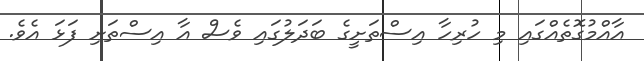
އާއްމުގޮތެއްގައި މި ހުރިހާ އިސްތަށީގެ ބަދަލުގައި ވެސް އާ އިސްތަށި ފަޅަ އެވެ.